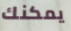
يمكنك